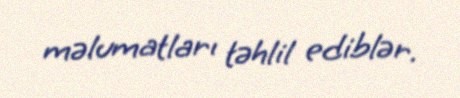
məlumatları təhlil ediblər.